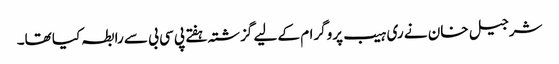
شرجیل خان نے ری ہیب پروگرام کے لیے گزشتہ ہفتے پی سی بی سے رابطہ کیا تھا۔